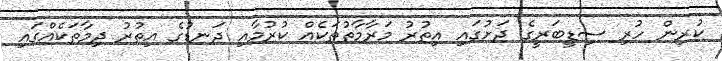
ކުރިން ހުރި ސިޑީބަރީގެ ދަށުގައި އިތުރު މަރާމާތުތަކެއް ކުރުމާއި ދަނޑުގެ އިތުރު ދިމާތަކެއްގައި